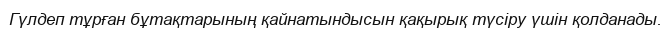
Гүлдеп тұрған бұтақтарының қайнатындысын қақырық түсіру үшін қолданады.